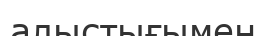
алыстығымен